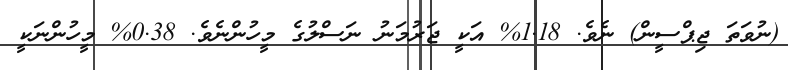
(ނުވަތަ ޖިޕްސީން) ނެވެ. 1.18% އަކީ ޖަރުމަނު ނަސްލުގެ މީހުންނެވެ. 0.38% މީހުންނަކީ